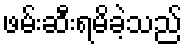
ဖမ်းဆီးရမိခဲ့သည်